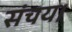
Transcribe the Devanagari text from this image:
संचय।